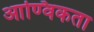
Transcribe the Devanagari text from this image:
आण्विकता